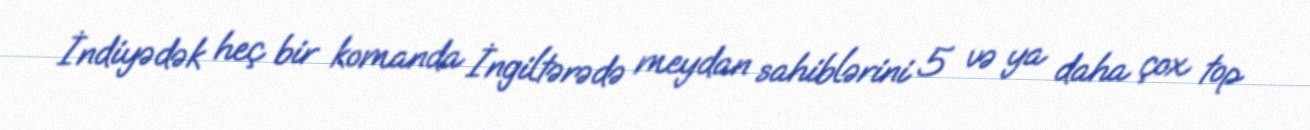
İndiyədək heç bir komanda İngiltərədə meydan sahiblərini 5 və ya daha çox top